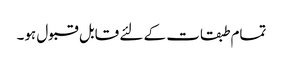
تمام طبقات کے لئے قابل قبول ہو۔